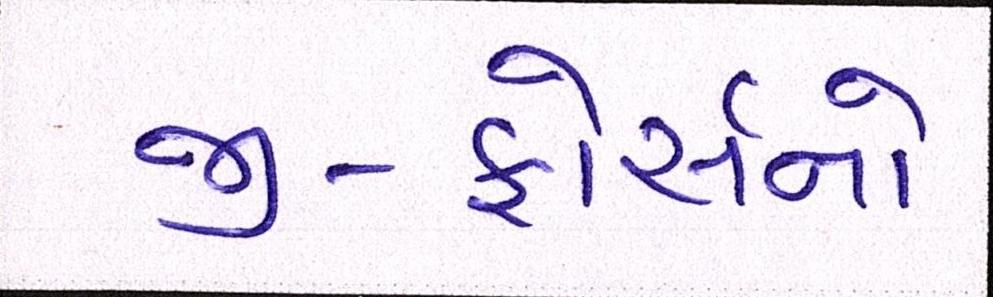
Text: જી-ફોર્સનો